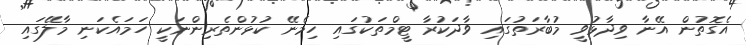
އެގޮތުން އޭނާ ވިދާޅުވީ މުބާރަތުގައި ވާދަކުރާ ޓީމްތަކުގައި ހިމެނޭ ކުޅުންތެރިންނަކީ ހަމައެކަނި މާލޭގައި